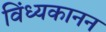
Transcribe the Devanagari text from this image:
विंध्यकानन